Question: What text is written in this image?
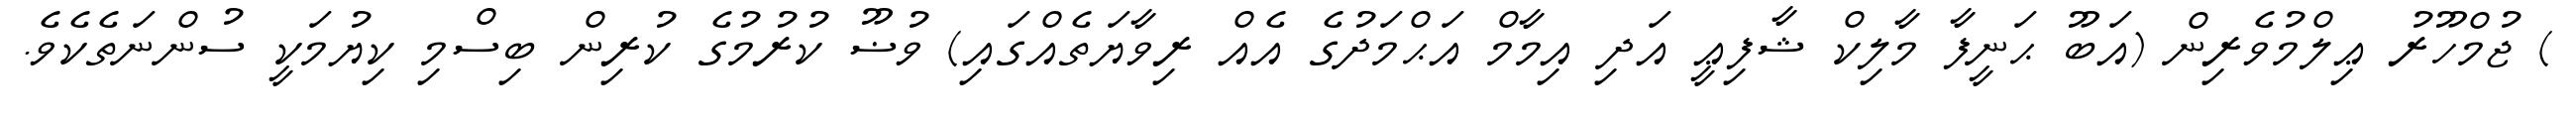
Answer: ) ޖުމްހޫރު ޢިލްމުވެރިން (އަބޫ ޙަނީފާ މާލިކް ޝާފިޢީ އަދި އިމާމް އަޙްމަދުގެ އެއް ރިވާޔަތެއްގައި) ވުޟޫ ކުރުމުގެ ކުރިން ބިސްމި ކިޔުމަކީ ސުންނަތެކެވެ.